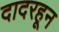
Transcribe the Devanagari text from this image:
दादरहून